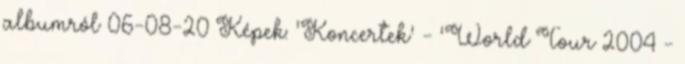
albumról 06-08-20 Képek: 'Koncertek' - 'World Tour 2004 -